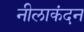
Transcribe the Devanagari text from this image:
नीलाकंदन